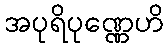
အပုရိပုဏ္ဏေဟိ